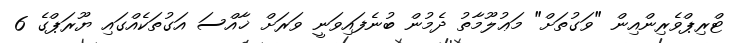
ޓްރިޕްވެރިންއިން "ވަގުތަށް" މަޢުލޫމާތު ދެމުން ބުނެފައިވަނީ ވަރަށް ޚާއްސަ އަގުތަކެއްގައި ޔޫރަޕްގެ 6